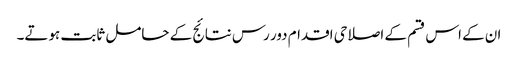
ان کے اس قسم کے اصلاحی اقدام دور رس نتائج کے حامل ثابت ہوتے۔